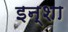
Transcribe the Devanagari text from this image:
इन्शा